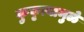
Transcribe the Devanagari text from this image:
कुकृत्यामुळे